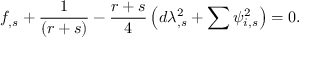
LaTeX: f _ { , s } + \frac { 1 } { \left( r + s \right) } - \frac { r + s } { 4 } \left( d \lambda _ { , s } ^ { 2 } + \sum \psi _ { i , s } ^ { 2 } \right) = 0 .